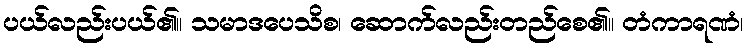
ပယ်လည်းပယ်၏။ သမာဒပေသိစ၊ ဆောက်လည်းတည်စေ၏။ တံကာရဏံ၊